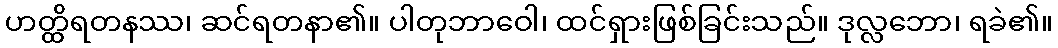
ဟတ္ထိရတနဿ၊ ဆင်ရတနာ၏။ ပါတုဘာဝေါ၊ ထင်ရှားဖြစ်ခြင်းသည်။ ဒုလ္လဘော၊ ရခဲ၏။